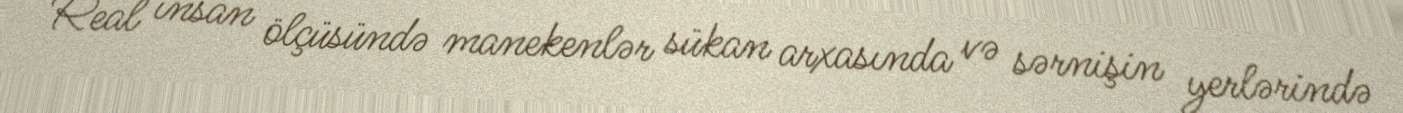
Real insan ölçüsündə manekenlər sükan arxasında və sərnişin yerlərində